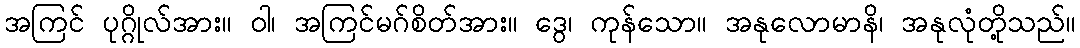
အကြင် ပုဂ္ဂိုလ်အား။ ဝါ၊ အကြင်မဂ်စိတ်အား။ ဒွေ၊ ကုန်သော။ အနုလောမာနိ၊ အနုလုံတို့သည်။